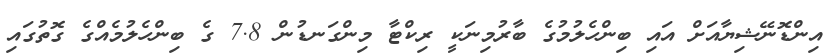
އިންޑޮނޭޝިޔާއަށް އައި ބިންހެލުމުގެ ބާރުމިނަކީ ރިކްޓާ މިންގަނޑުން 7.8 ގެ ބިންހެލުމެއްގެ ގޮތުގައި